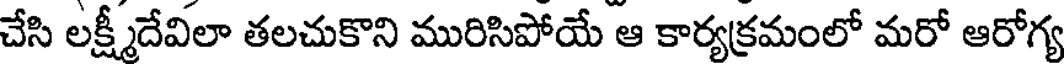
చేసి లక్ష్మీదేవిలా తలచుకొని మురిసిపోయే ఆ కార్యక్రమంలో మరో ఆరోగ్య